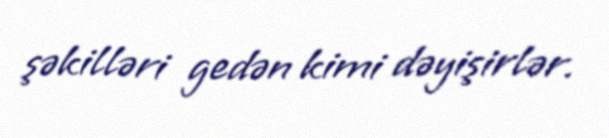
şəkilləri gedən kimi dəyişirlər.